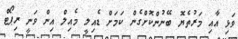
ވަޅި އާއި މަރުތެޔޮ ބޭނުންކޮށްގެން ކަމަށް ޑެއިލީ މެއިލް އިން ވަނީ ރިޕޯޓް